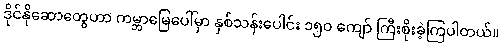
ဒိုင်နိုဆောတွေဟာ ကမ္ဘာမြေပေါ်မှာ နှစ်သန်းပေါင်း ၁၅၀ ကျော် ကြီးစိုးခဲ့ကြပါတယ်။